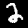
Label: 2